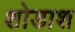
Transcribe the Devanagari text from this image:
शोडाश